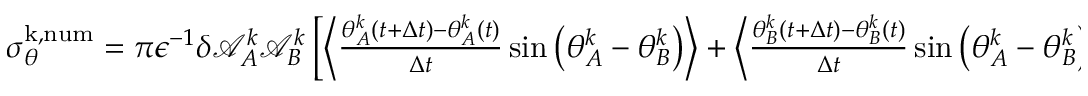
\begin{array} { r } { \sigma _ { \theta } ^ { \mathrm { k , n u m } } = { \pi } \epsilon ^ { - 1 } \delta \mathcal { A } _ { A } ^ { k } \mathcal { A } _ { B } ^ { k } \left[ \left\langle \frac { \theta _ { A } ^ { k } ( t + \Delta t ) - \theta _ { A } ^ { k } ( t ) } { \Delta t } \sin \big ( \theta _ { A } ^ { k } - \theta _ { B } ^ { k } \big ) \right\rangle + \left\langle \frac { \theta _ { B } ^ { k } ( t + \Delta t ) - \theta _ { B } ^ { k } ( t ) } { \Delta t } \sin \big ( \theta _ { A } ^ { k } - \theta _ { B } ^ { k } \big ) \right\rangle \right] } \end{array}